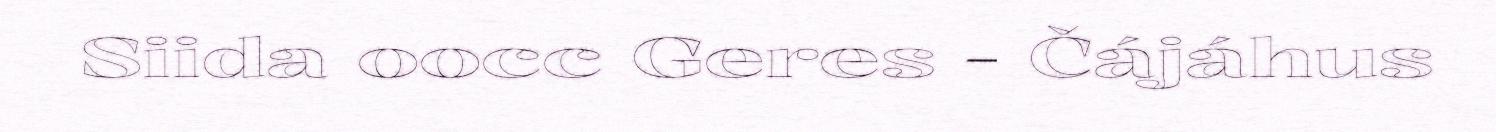
Siida oocc Geres - Čájáhus